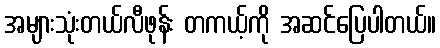
အများသုံးတယ်လီဖုန်း တကယ့်ကို အဆင်ပြေပါတယ်။